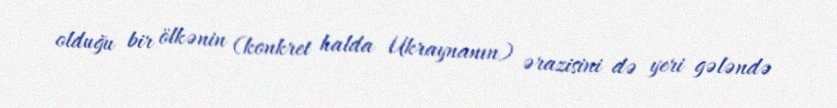
olduğu bir ölkənin (konkret halda Ukraynanın) ərazisini də yeri gələndə